Vaccination in Bombay 1856-1862 - 1856-1862
Year: 1856
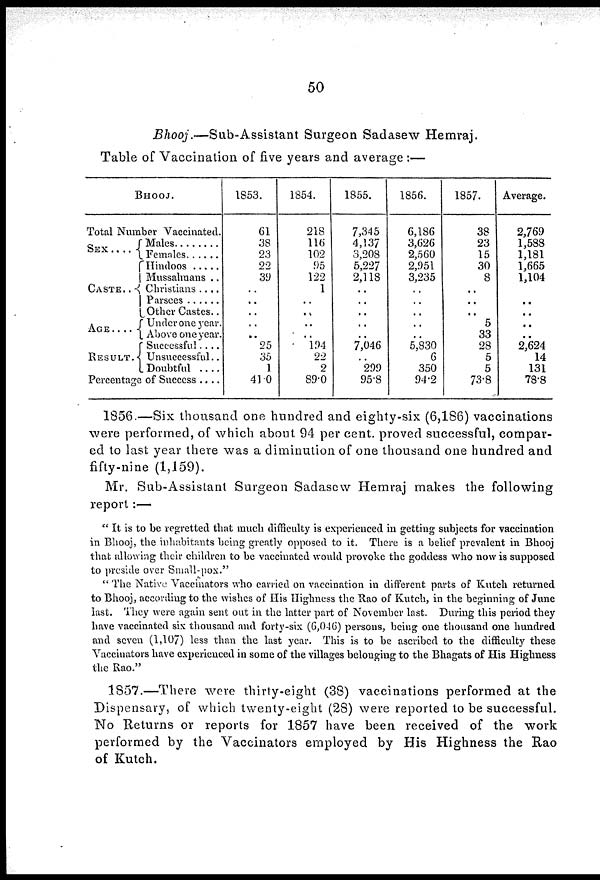
50
Bhooj.—Sub-Assistant
Surgeon Sadasew Hemraj.
Table of Vaccination of five years and average :—
BHOOJ.
Total Number Vaccinated.
SEX
. . . .
CASTE . . .
AGE . . .
RESULT.
Males . . . .
Females . . .
Hindoos . . .
Mussahmans . .
Christians . . .
Parsees . . . .
Other Castes . .
Under one year.
Above one year.
Successful . . . .
Unsuccessful . .
Doubtful . . . .
Percentage of Success. . . .
1853.
61
38
23
22
39
..
..
..
..
..
25
35
1
41.0
1854.
218
116
102
95
122
1
..
..
..
..
194
22
2
89.0
1855.
7,345
4,137
3,208
5,227
2,118
..
..
..
..
..
7,046
..
2.99
95.8
1856.
6,186
3,626
2,560
2,951
3,235
..
..
..
..
..
5,830
6
350
94.2
1857.
38
23
15
30
8
..
..
..
5
33
28
5
5
73.8
Average.
2,769
1,588
1,181
1,665
1,104
..
..
..
..
..
2,624
14
131
78.8
1856.—Six thousand one hundred and eighty-six (6,186) vaccinations
were performed, of which about 94 per cent. proved successful, compar-
ed to last year there was a diminution of one thousand one hundred and
fifty-nine (1,159).
Mr. Sub-Assistant Surgeon Sadasow Hemraj makes the following
report:—
" It is to be regretted that much difficulty is experienced in getting subjects for vaccination
in Bhooj, the inhabitants being greatly opposed to it. There is a belief prevalent in Bhooj
that allowing their children to be vaccinated would provoke the goddess who now is supposed
to preside over Small-pox."
" The Native Vaccinators who carried on vaccination in different parts of Kutch returned
to Bhooj, according to the wishes of His Highness the Rao of Kutch, in the beginning of June
last. They were again sent out in the latter part of November last. During this period they
have vaccinated six thousand and forty-six (6,046) persons, being one thousand one hundred
and seven (1,107) less than the last year. This is to be ascribed to the difficulty these
Vaccinators have experienced in some of the villages belonging to the Bhagats of His Highness
the Rao."
1S57.—There were thirty-eight (38) vaccinations performed at the
Dispensary, of which twenty-eight (28) were reported to be successful.
No Returns or reports for 1857 have been received of the work
performed by the Vaccinators employed by His Highness the Rao
of Kutch.